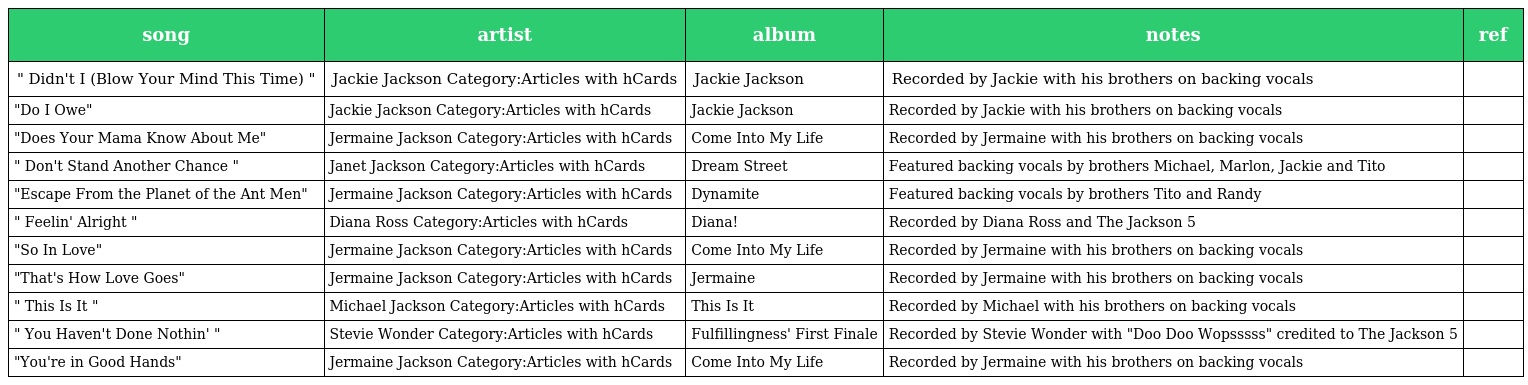
| song | artist | album | notes | ref |
 | --- | --- | --- | --- | --- |
 | " Didn't I (Blow Your Mind This Time) " | Jackie Jackson Category:Articles with hCards | Jackie Jackson | Recorded by Jackie with his brothers on backing vocals |  |
 | "Do I Owe" | Jackie Jackson Category:Articles with hCards | Jackie Jackson | Recorded by Jackie with his brothers on backing vocals |  |
 | "Does Your Mama Know About Me" | Jermaine Jackson Category:Articles with hCards | Come Into My Life | Recorded by Jermaine with his brothers on backing vocals |  |
 | " Don't Stand Another Chance " | Janet Jackson Category:Articles with hCards | Dream Street | Featured backing vocals by brothers Michael, Marlon, Jackie and Tito |  |
 | "Escape From the Planet of the Ant Men" | Jermaine Jackson Category:Articles with hCards | Dynamite | Featured backing vocals by brothers Tito and Randy |  |
 | " Feelin' Alright " | Diana Ross Category:Articles with hCards | Diana! | Recorded by Diana Ross and The Jackson 5 |  |
 | "So In Love" | Jermaine Jackson Category:Articles with hCards | Come Into My Life | Recorded by Jermaine with his brothers on backing vocals |  |
 | "That's How Love Goes" | Jermaine Jackson Category:Articles with hCards | Jermaine | Recorded by Jermaine with his brothers on backing vocals |  |
 | " This Is It " | Michael Jackson Category:Articles with hCards | This Is It | Recorded by Michael with his brothers on backing vocals |  |
 | " You Haven't Done Nothin' " | Stevie Wonder Category:Articles with hCards | Fulfillingness' First Finale | Recorded by Stevie Wonder with "Doo Doo Wopsssss" credited to The Jackson 5 |  |
 | "You're in Good Hands" | Jermaine Jackson Category:Articles with hCards | Come Into My Life | Recorded by Jermaine with his brothers on backing vocals |  |